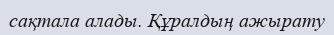
сақтала алады. Құралдың ажырату